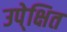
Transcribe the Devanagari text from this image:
उपे्क्षित